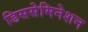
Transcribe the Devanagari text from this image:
डिससेमिनेशन